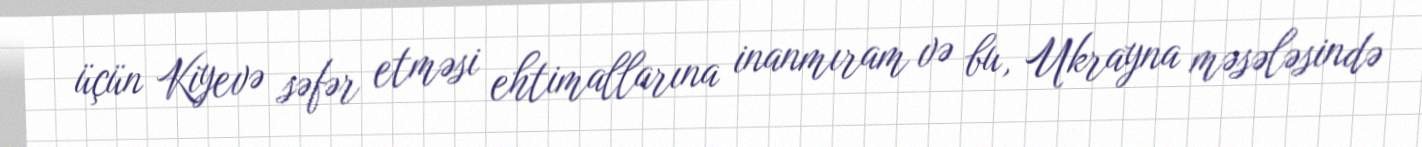
üçün Kiyevə səfər etməsi ehtimallarına inanmıram və bu, Ukrayna məsələsində